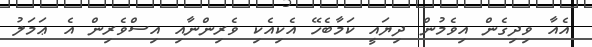
އެއާ ވިދިގެން އިވެމުން ދިޔައީ ކަމާބެހޭ އެކިއެކި ވެރިންނާއި އިސްވެރިން އެ ޢަމަލު